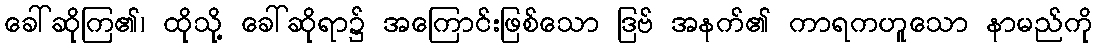
ခေါ်ဆိုကြ၏၊ ထိုသို့ ခေါ်ဆိုရာ၌ အကြောင်းဖြစ်သော ဒြဗ် အနက်၏ ကာရကဟူသော နာမည်ကို